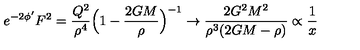
e ^ { - 2 \phi ^ { \prime } } F ^ { 2 } = \frac { Q ^ { 2 } } { \rho ^ { 4 } } \Bigl ( 1 - \frac { 2 G M } { \rho } \Bigr ) ^ { - 1 } \rightarrow \frac { 2 G ^ { 2 } M ^ { 2 } } { \rho ^ { 3 } ( 2 G M - \rho ) } \propto \frac { 1 } { x }